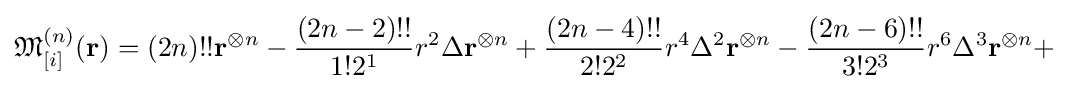
{\mathfrak {M}}_{[i]}^{(n)}(\mathbf {r} )=(2n)!!\mathbf {r} ^{\otimes n}-{\frac {(2n-2)!!}{1!2^{1}}}r^{2}\Delta \mathbf {r} ^{\otimes n}+{\frac {(2n-4)!!}{2!2^{2}}}r^{4}\Delta ^{2}\mathbf {r} ^{\otimes n}-{\frac {(2n-6)!!}{3!2^{3}}}r^{6}\Delta ^{3}\mathbf {r} ^{\otimes n}+